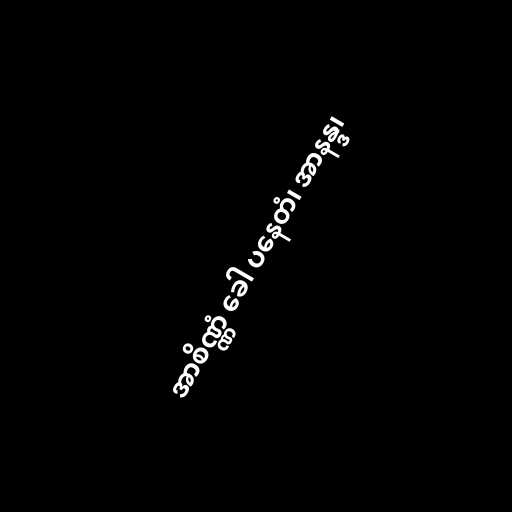
အာစိဏ္ဏံ ခေါ ပနေတံ၊ အာနန္ဒ၊